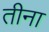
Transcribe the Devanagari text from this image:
तीना